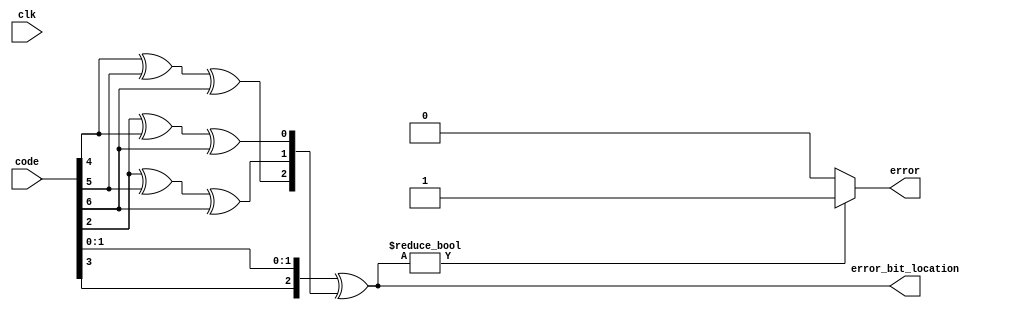
`timescale 1ns / 1ps
//////////////////////////////////////////////////////////////////////////////////
// Company: 
// Engineer: 
// 
// Design Name: 
// Module Name: hamming_ecc
// Project Name: 
// Target Devices: 
// Tool Versions: 
// Description: 
// 
// Dependencies: 
// 
// Revision:
// Revision 0.01 - File Created
// Additional Comments:
// 
//////////////////////////////////////////////////////////////////////////////////

//check how many errors

module hamming_ecc(clk, code, error_bit_location, error);
    input clk;
    input [6:0] code;
    output reg [2:0] error_bit_location;
    output reg error = 0;
    
    reg [2:0] incoming_parity;
    reg [2:0] check_parity;
    
    always @(*) begin
        incoming_parity = {code[3], code[1], code[0]};
        check_parity[2] = code[4] ^ code[5] ^ code[6];
        check_parity[1] = code[2] ^ code[5] ^ code[6];
        check_parity[0] = code[2] ^ code[4] ^ code[6];
        error_bit_location = incoming_parity ^ check_parity;
        error = error_bit_location != 3'b000 ? 1'b1 : 1'b0;
    end
endmodule

//SECDED check, returns DED 'hFF on SEC fail

module hamming_check(clk, code, return_sequence);
    input clk;
    input [6:0] code;
    output reg [6:0] return_sequence;
    
    wire [2:0] first_error_pos, second_error_pos;
    wire error_flag_one, error_flag_two;
    wire [6:0] code_reg;
    reg [6:0] first_check_output, second_check_output;
    reg first_check_failed;
    
    hamming_ecc hamming_ecc_one_uut(.clk(clk), .code(code), .error_bit_location(first_error_pos), .error(error_flag_one));
    hamming_ecc hamming_ecc_two_uut(.clk(clk), .code(first_check_output), .error_bit_location(second_error_pos), .error(error_flag_two));
    //implement retry check logic (maybe just register it and run the dang thing twice
    
    assign code_reg = code;
    
    always @(posedge clk) begin
        if (error_flag_one) begin
            first_check_output = code_reg;
            first_check_output[first_error_pos] = ~first_check_output[first_error_pos];
            first_check_failed = 1'b1;
        end
        else begin
            first_check_output = code_reg;
            first_check_failed = 1'b0;
        end
    end
    
    always @(posedge clk) begin
        if (first_check_failed && error_flag_two) begin
            second_check_output = 'hFF;
            first_check_failed = 1'b0;
        end
        else begin
            second_check_output = first_check_output;
        end
    end
    
    always @(posedge clk) begin
        return_sequence = second_check_output;
    end
    
endmodule